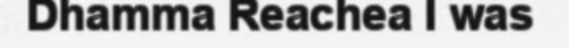
Dhamma Reachea I was